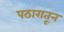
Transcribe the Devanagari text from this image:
पठारातून